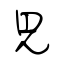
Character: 見